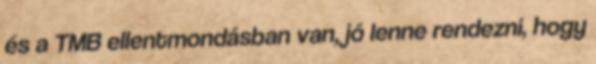
és a TMB ellentmondásban van, jó lenne rendezni, hogy